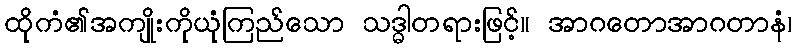
ထိုကံ၏အကျိုးကိုယုံကြည်သော သဒ္ဓါတရားဖြင့်။ အာဂတောအာဂတာနံ၊